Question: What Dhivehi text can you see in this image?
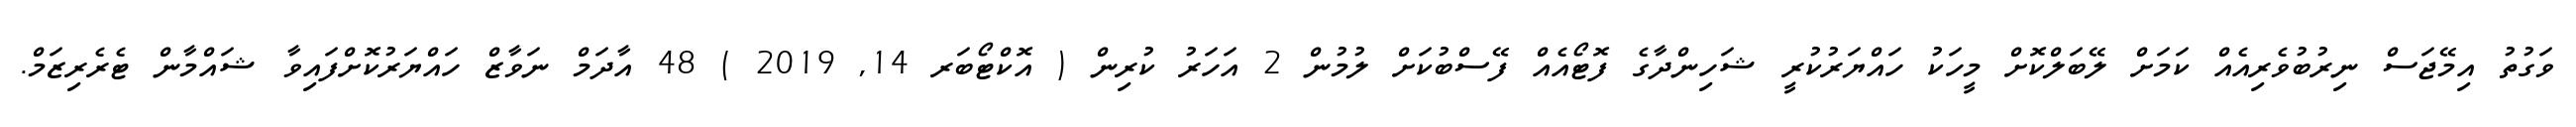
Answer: ވަގުތު އިމޭޖަސް ނިރުބުވެރިއެއް ކަމަށް ލޭބަލްކޮށް މީހަކު ހައްޔަރުކުރީ ޝަހިންދާގެ ފޮޓޯއެއް ފޭސްބުކަށް ލުމުން 2 އަހަރު ކުރިން ( އޮކްޓޯބަރ 14, 2019 ) 48 އާދަމް ނަވާޒް ހައްޔަރުކޮށްފައިވާ ޝައްމާން ޓެރެރިޒަމް.